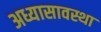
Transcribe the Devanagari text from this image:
अध्यासावस्था